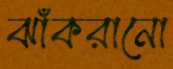
ঝাঁকরানো